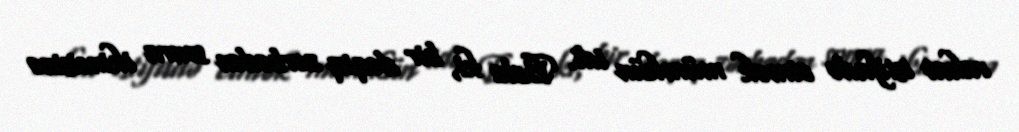
rahat istifadə etmək mümkün idi. Belə ki, bir dəqiq zərbədən sonra ikincisinə